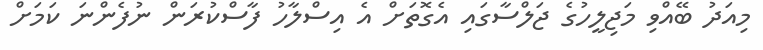
މިއަދު ބޭއްވި މަޖިލީހުގެ ޖަލްސާގައި އެގޮތަށް އެ އިސްލާހު ފާސްކުރަން ނުފެންނަ ކަމަށް